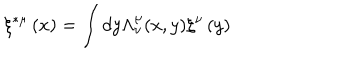
\xi ^ { * \mu } \left( x \right) = \int d y \Lambda _ { \nu } ^ { \mu } ( x , y ) \xi ^ { \nu } \left( y \right)